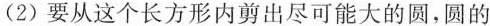
(2)要从这个长方形内剪出尽可能大的圆，圆的